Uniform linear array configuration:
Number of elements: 12
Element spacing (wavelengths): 0.75
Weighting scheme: hamming
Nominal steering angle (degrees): -45
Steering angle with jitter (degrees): -46.046
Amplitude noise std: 0.05
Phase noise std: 0.05

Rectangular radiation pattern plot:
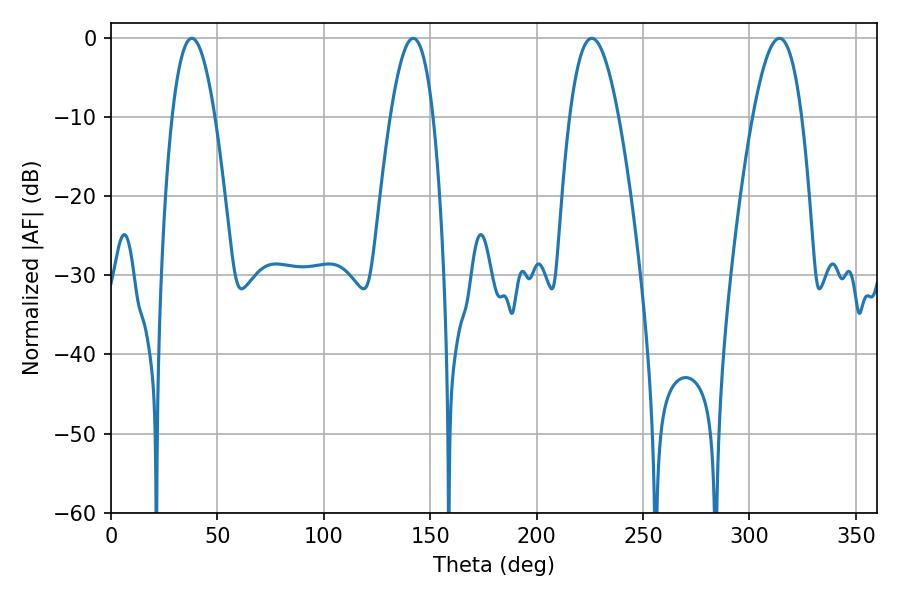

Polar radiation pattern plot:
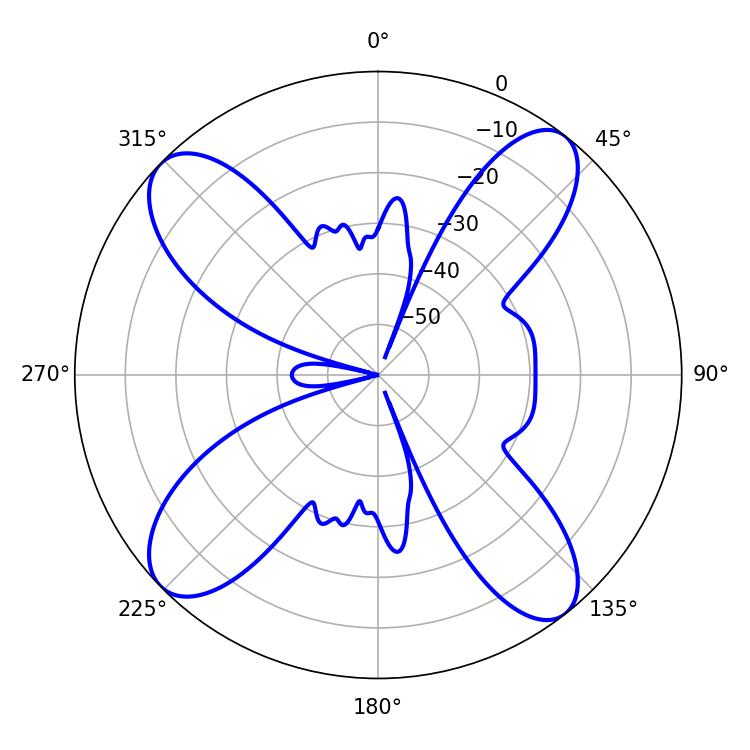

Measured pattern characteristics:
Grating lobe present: TRUE
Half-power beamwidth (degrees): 12.6
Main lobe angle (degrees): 225.9